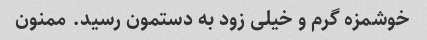
خوشمزه گرم و خیلی زود به دستمون رسید. ممنون